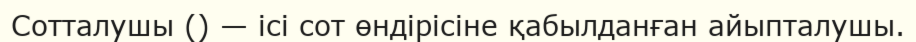
Сотталушы () — ісі сот өндірісіне қабылданған айыпталушы.